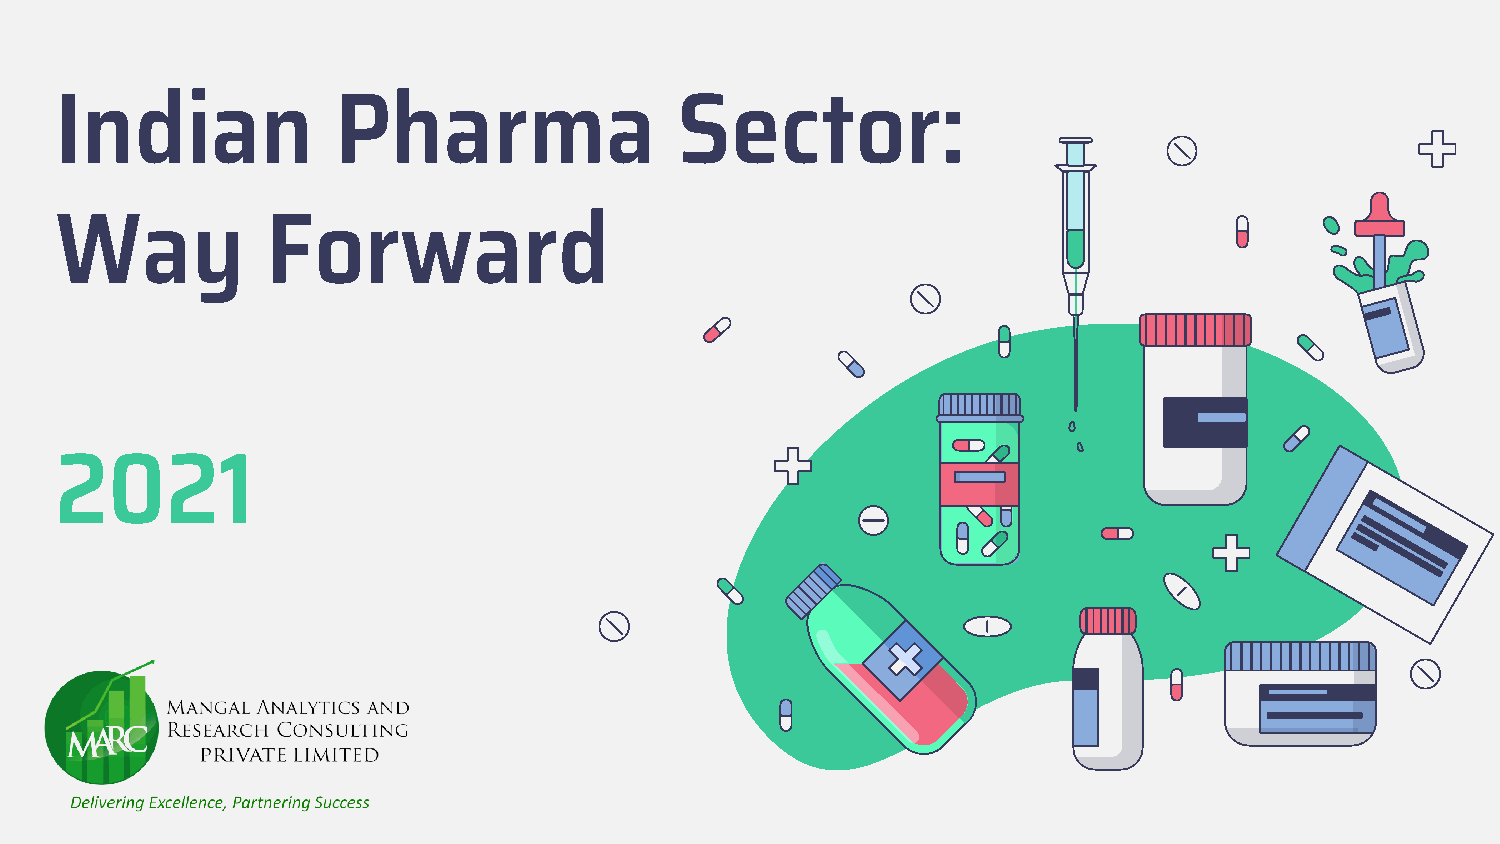
Indian            Pharma                 Sector:
 Way           Forward
 2021